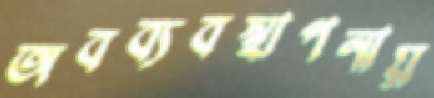
অবব্যবস্থাপনায়